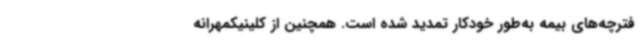
فترچه‌های بیمه به‌طور خودکار تمدید شده است. همچنین از کلینیکمهرانه